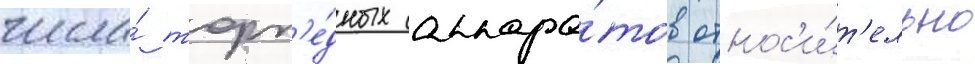
числа́ торп'е́дных аппара́тов относ'и́т'ельно